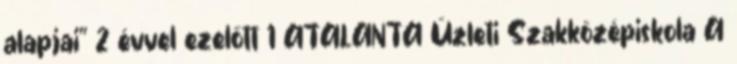
alapjai" 2 évvel ezelőtt 1 ATALANTA Üzleti Szakközépiskola A